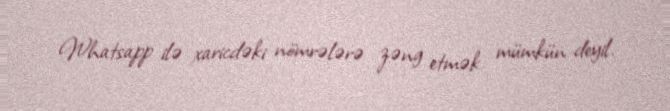
Whatsapp ilə xaricdəki nömrələrə zəng etmək mümkün deyil.